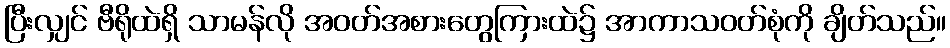
ပြီးလျှင် ဗီရိုထဲရှိ သာမန်လို အဝတ်အစားတွေကြားထဲ၌ အာကာသဝတ်စုံကို ချိတ်သည်။